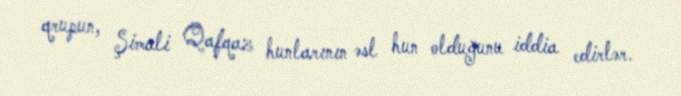
qrupun, Şimali Qafqaz hunlarının əsl hun olduğunu iddia edirlər.